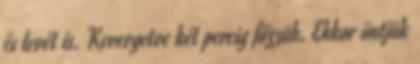
és levét is. Kevergetve két percig főzzük. Ekkor öntjük